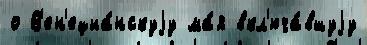
о В'ен'ециа́нскуjу ма́я вкл'юча́вшуjу